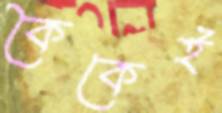
কৈকেই